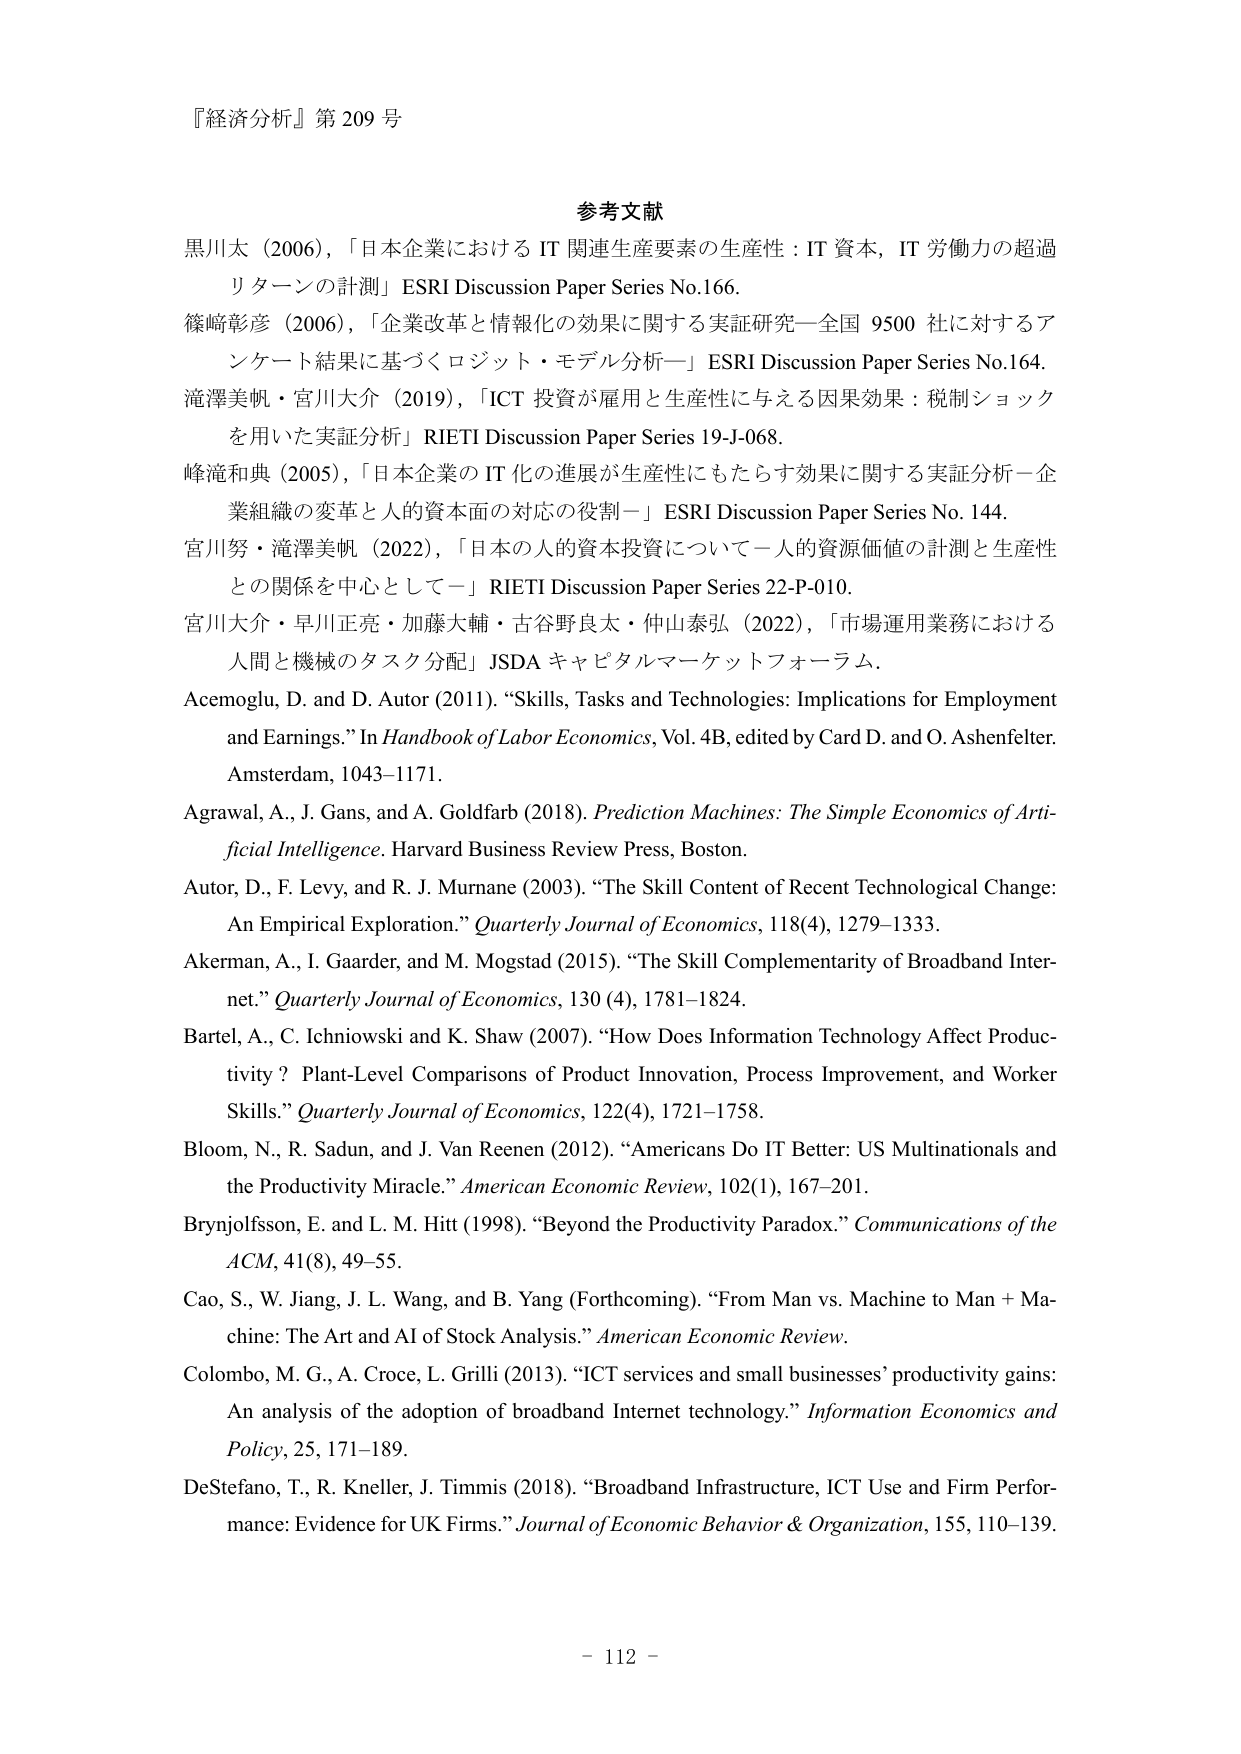
『経済分析』第 209 号

参考文献
黒川太（2006），「日本企業における IT 関連生産要素の生産性：IT 資本，IT 労働力の超過リターンの計測」ESRI Discussion Paper Series No.166.
篠崎彰彦（2006），「企業改革と情報化の効果に関する実証研究—全国 9500 社に対するアンケート結果に基づくロジット・モデル分析—」ESRI Discussion Paper Series No.164.
滝澤美帆・宮川大介（2019），「ICT 投資が雇用と生産性に与える因果効果：税制ショックを用いた実証分析」RIETI Discussion Paper Series 19-J-068.
峰滝和典（2005），「日本企業の IT 化の進展が生産性にもたらす効果に関する実証分析－企業組織の変革と人的資本面の対応の役割－」ESRI Discussion Paper Series No. 144.
宮川努・滝澤美帆（2022），「日本の人的資本投資について－人的資源価値の計測と生産性との関係を中心として－」RIETI Discussion Paper Series 22-P-010.
宮川大介・早川正亮・加藤大輔・古谷野良太・仲山泰弘（2022），「市場運用業務における人間と機械のタスク分配」JSDA キャピタルマーケットフォーラム.
Acemoglu, D. and D. Autor (2011). “Skills, Tasks and Technologies: Implications for Employment and Earnings.” In Handbook of Labor Economics, Vol. 4B, edited by Card D. and O. Ashenfelter. Amsterdam, 1043–1171.
Agrawal, A., J. Gans, and A. Goldfarb (2018). Prediction Machines: The Simple Economics of Artificial Intelligence. Harvard Business Review Press, Boston.
Autor, D., F. Levy, and R. J. Murnane (2003). “The Skill Content of Recent Technological Change: An Empirical Exploration.” Quarterly Journal of Economics, 118(4), 1279–1333.
Akerman, A., I. Gaarder, and M. Mogstad (2015). “The Skill Complementarity of Broadband Internet.” Quarterly Journal of Economics, 130 (4), 1781–1824.
Bartel, A., C. Ichniowski and K. Shaw (2007). “How Does Information Technology Affect Productivity? Plant-Level Comparisons of Product Innovation, Process Improvement, and Worker Skills.” Quarterly Journal of Economics, 122(4), 1721–1758.
Bloom, N., R. Sadun, and J. Van Reenen (2012). “Americans Do IT Better: US Multinationals and the Productivity Miracle.” American Economic Review, 102(1), 167–201.
Brynjolfsson, E. and L. M. Hitt (1998). “Beyond the Productivity Paradox.” Communications of the ACM, 41(8), 49–55.
Cao, S., W. Jiang, J. L. Wang, and B. Yang (Forthcoming). “From Man vs. Machine to Man + Machine: The Art and AI of Stock Analysis.” American Economic Review.
Colombo, M. G., A. Croce, L. Grilli (2013). “ICT services and small businesses’ productivity gains: An analysis of the adoption of broadband Internet technology.” Information Economics and Policy, 25, 171–189.
DeStefano, T., R. Kneller, J. Timmis (2018). “Broadband Infrastructure, ICT Use and Firm Performance: Evidence for UK Firms.” Journal of Economic Behavior & Organization, 155, 110–139.

- 112 -